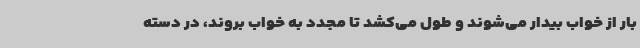
بار از خواب بیدار می‌شوند و طول می‌کشد تا مجدد به خواب بروند، در دسته